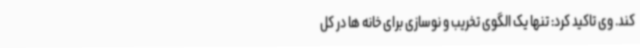
کند. وی تاکید کرد: تنها یک الگوی تخریب و نوسازی برای خانه ها در کل